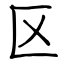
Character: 区